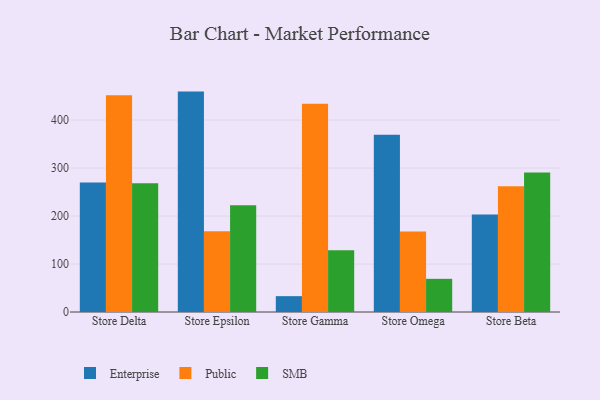
{"axis": {"x": "Store", "y": "Net Income (USD K)"}, "legend": ["Enterprise", "Public", "SMB"], "data": [{"x": "Store Delta", "y": 269.7, "type": "Enterprise"}, {"x": "Store Delta", "y": 451.4, "type": "Public"}, {"x": "Store Delta", "y": 268.3, "type": "SMB"}, {"x": "Store Epsilon", "y": 459.2, "type": "Enterprise"}, {"x": "Store Epsilon", "y": 168.0, "type": "Public"}, {"x": "Store Epsilon", "y": 222.4, "type": "SMB"}, {"x": "Store Gamma", "y": 33.0, "type": "Enterprise"}, {"x": "Store Gamma", "y": 433.8, "type": "Public"}, {"x": "Store Gamma", "y": 128.9, "type": "SMB"}, {"x": "Store Omega", "y": 369.1, "type": "Enterprise"}, {"x": "Store Omega", "y": 167.8, "type": "Public"}, {"x": "Store Omega", "y": 69.1, "type": "SMB"}, {"x": "Store Beta", "y": 203.3, "type": "Enterprise"}, {"x": "Store Beta", "y": 262.0, "type": "Public"}, {"x": "Store Beta", "y": 290.4, "type": "SMB"}]}